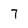
Character: 7